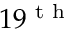
1 9 ^ { \textrm { t h } }